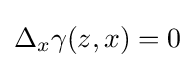
\Delta _{x}\gamma (z,x)=0